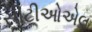
સીટીઓએલ